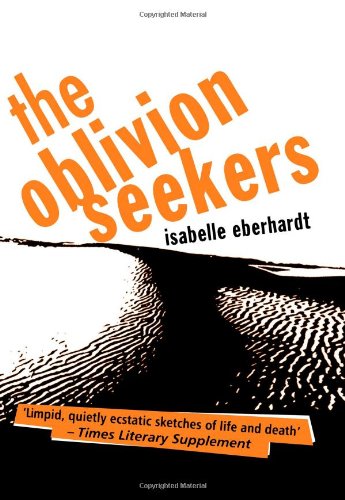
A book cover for The Oblivion Seekers (Peter Owen Modern Classics); Isabelle Eberhardt; Travel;